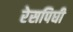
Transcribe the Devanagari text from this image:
रेसपिघी